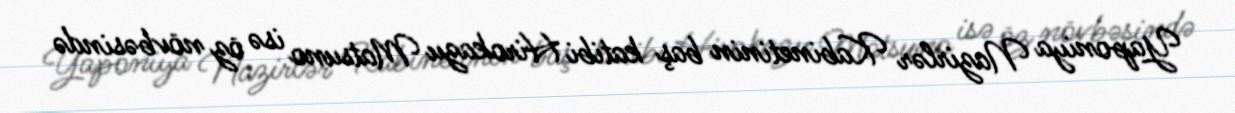
Yaponiya Nazirlər Kabinetinin baş katibi Hirokazu Matsuno isə öz növbəsində